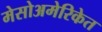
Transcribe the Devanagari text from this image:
मेसोअमेरिकेत